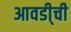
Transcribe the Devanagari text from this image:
आवडी्ची